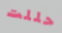
حللت